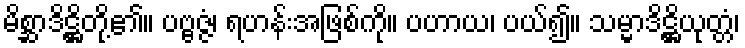
မိစ္ဆာဒိဋ္ဌိတို့၏။ ပဗ္ဗဇ္ဇံ၊ ရဟန်းအဖြစ်ကို။ ပဟာယ၊ ပယ်၍။ သမ္မာဒိဋ္ဌိယုတ္တံ၊